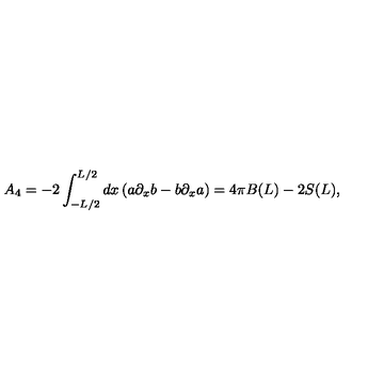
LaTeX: A _ { 4 } = - 2 \int _ { - L / 2 } ^ { L / 2 } d x \left( a \partial _ { x } b - b \partial _ { x } a \right) = 4 \pi B ( L ) - 2 S ( L ) ,